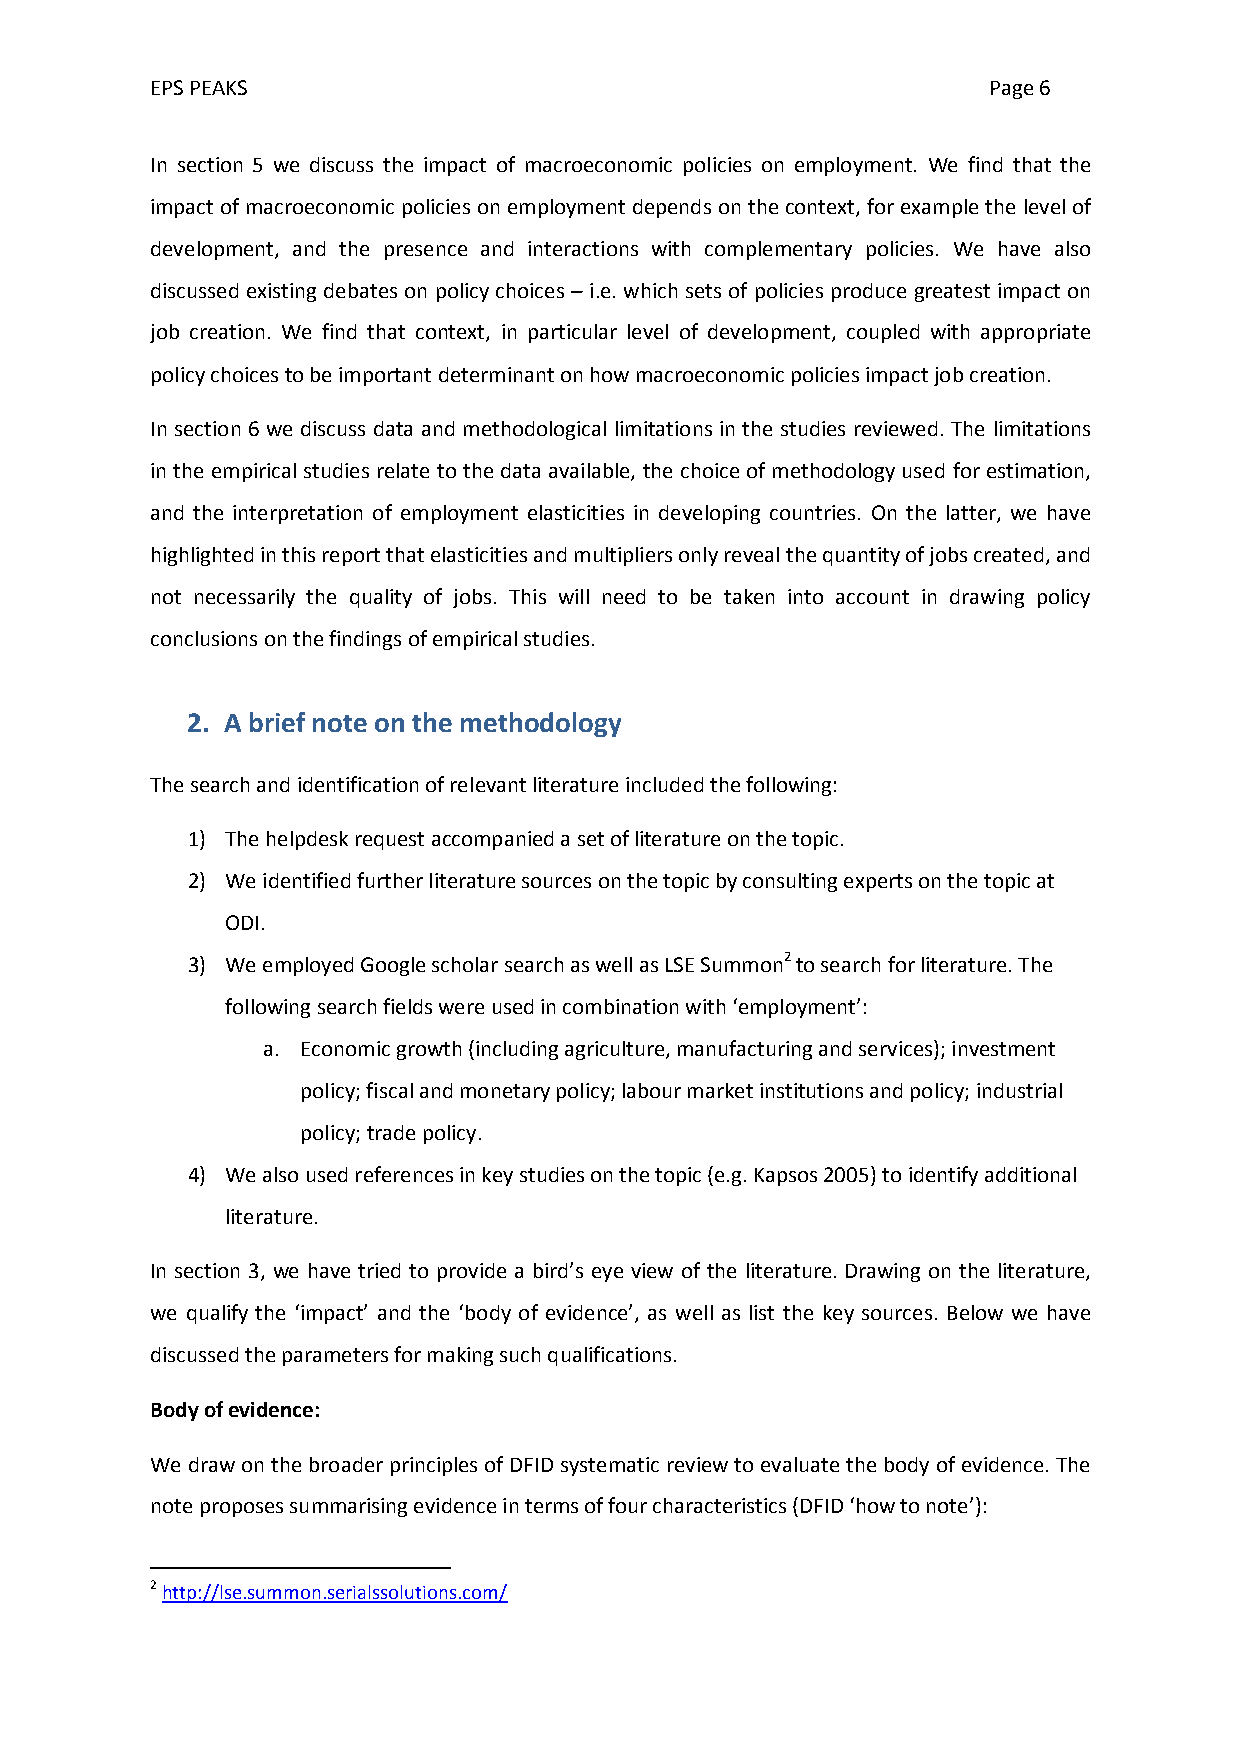
EPS PEAKS                                              Page 6
 In section 5 we discuss the impact of macroeconomic policies on employment. We find that the
 impact of macroeconomic policies on employment depends on the context, for example the level of
 development, and the presence and interactions with complementary policies. We have also
 discussed existing debates on policy choices – i.e. which sets of policies produce greatest impact on
 job creation. We find that context, in particular level of development, coupled with appropriate
 policy choices to be important determinant on how macroeconomic policies impact job creation.
 In section 6 we discuss data and methodological limitations in the studies reviewed. The limitations
 in the empirical studies relate to the data available, the choice of methodology used for estimation,
 and the interpretation of employment elasticities in developing countries. On the latter, we have
 highlighted in this report that elasticities and multipliers only reveal the quantity of jobs created, and
 not necessarily the quality of jobs. This will need to be taken into account in drawing policy
 conclusions on the findings of empirical studies.
 2. A brief note on the methodology
 The search and identification of relevant literature included the following:
 1) The helpdesk request accompanied a set of literature on the topic.
 2) We identified further literature sources on the topic by consulting experts on the topic at
 ODI.
 3) We employed Google scholar search as well as LSE Summon2 to search for literature. The
 following search fields were used in combination with ‘employment’:
 a. Economic growth (including agriculture, manufacturing and services); investment
 policy; fiscal and monetary policy; labour market institutions and policy; industrial
 policy; trade policy.
 4) We also used references in key studies on the topic (e.g. Kapsos 2005) to identify additional
 literature.
 In section 3, we have tried to provide a bird’s eye view of the literature. Drawing on the literature,
 we qualify the ‘impact’ and the ‘body of evidence’, as well as list the key sources. Below we have
 discussed the parameters for making such qualifications.
 Body of evidence:
 We draw on the broader principles of DFID systematic review to evaluate the body of evidence. The
 note proposes summarising evidence in terms of four characteristics (DFID ‘how to note’):
 2 http://lse.summon.serialssolutions.com/